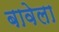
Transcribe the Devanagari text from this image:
बावेला